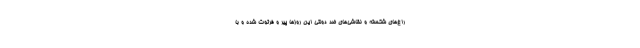
راغ‌های شکسته و نقاشی‌های ضد دولتی این روزها پیر و فرتوت شده و با